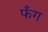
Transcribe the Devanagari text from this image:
फँग